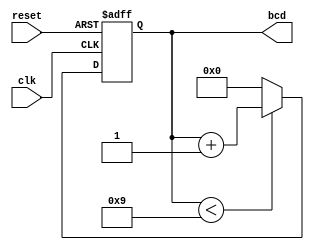
module bcd_counter (
    input wire clk,       // Clock input
    input wire reset,     // Asynchronous reset
    output reg [3:0] bcd  // 4-bit BCD output
);

    // Always block that triggers on the rising edge of the clock
    always @(posedge clk or posedge reset) begin
        if (reset) begin
            // If reset is high, set BCD to 0
            bcd <= 4'b0000;
        end else begin
            // If the current BCD value is less than 9, increment
            if (bcd < 4'b1001) begin
                bcd <= bcd + 1;
            end else begin
                // If BCD reaches 9, roll over to 0
                bcd <= 4'b0000;
            end
        end
    end
endmodule